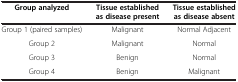
<table><thead><tr><td><b>Group analyzed</b></td><td><b>Tissue established as disease present</b></td><td><b>Tissue established as disease absent</b></td></tr></thead><tbody><tr><td>Group 1 (paired samples)</td><td>Malignant</td><td>Normal Adjacent</td></tr><tr><td>Group 2</td><td>Malignant</td><td>Normal</td></tr><tr><td>Group 3</td><td>Benign</td><td>Normal</td></tr><tr><td>Group 4</td><td>Benign</td><td>Malignant</td></tr></tbody></table>